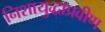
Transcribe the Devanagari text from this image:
निशायुद्धाप्रवीण